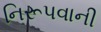
નિરૂપવાની